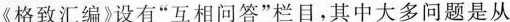
格致汇编》设有”互相问答”栏目，其中大多问题是从